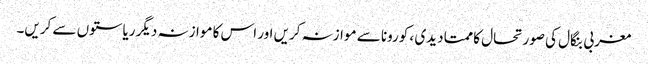
مغربی بنگال کی صورتحال کا ممتا دیدی ، کورونا سے موازنہ کریں اور اس کا موازنہ دیگر ریاستوں سے کریں۔